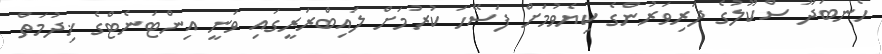
ހެނބަދޫ ސްކޫލުގެ ދަރިވަރުންގެ ކިޔެވުމަށް ފަސޭހަ ކުރުމަށް ލައިބްރަރީގައި ވަނީ އިންޓަނެޓްގެ ޚިދުމަތް